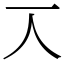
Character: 𠆣